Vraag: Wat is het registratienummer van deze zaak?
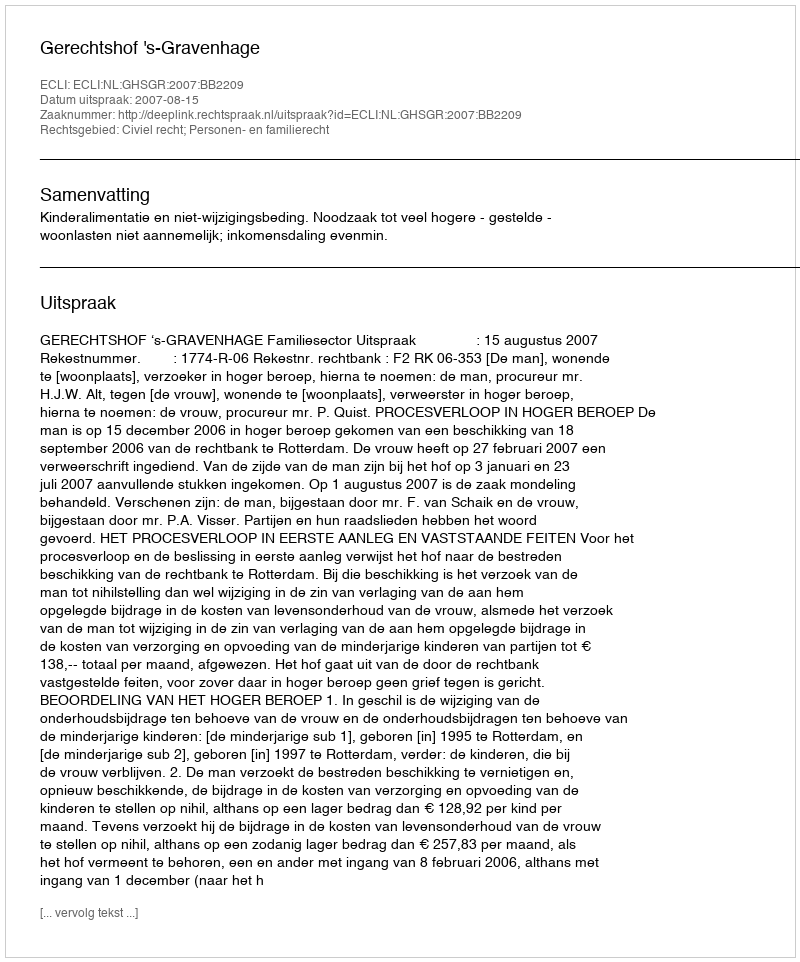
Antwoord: http://deeplink.rechtspraak.nl/uitspraak?id=ECLI:NL:GHSGR:2007:BB2209